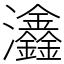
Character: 𤅺